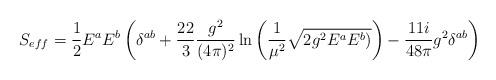
LaTeX: \begin{align*}S_{eff}=\frac{1}{2}E^aE^b\left(\delta^{ab}+\frac{22}{3}\frac{g^2}{(4\pi)^2}\ln\left(\frac{1}{\mu^2}\sqrt{2g^2E^aE^b)}\right)-\frac{11i}{48\pi}g^2\delta^{ab}\right)\end{align*}